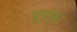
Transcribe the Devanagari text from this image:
चूर्णकूट